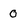
Character: 0